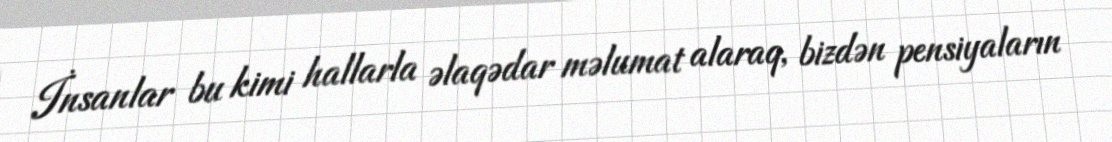
İnsanlar bu kimi hallarla əlaqədar məlumat alaraq, bizdən pensiyaların